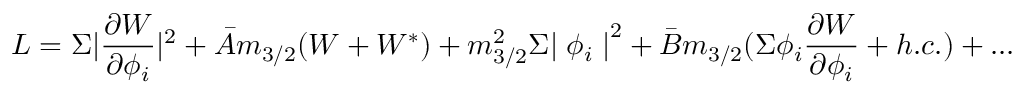
{ \cal L } = \Sigma | \frac { \partial { \cal W } } { \partial \phi _ { i } } | ^ { 2 } + \bar { A } m _ { 3 / 2 } ( { \cal W } + { \cal W } ^ { * } ) + m _ { 3 / 2 } ^ { 2 } \Sigma { \mid \phi _ { i } \mid } ^ { 2 } + \bar { B } m _ { 3 / 2 } ( \Sigma \phi _ { i } \frac { \partial { \cal W } } { \partial \phi _ { i } } + h . c . ) + . . .